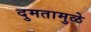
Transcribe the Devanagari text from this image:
दुमतामुळे